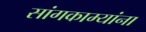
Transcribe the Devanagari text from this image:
सांगकाम्यांना